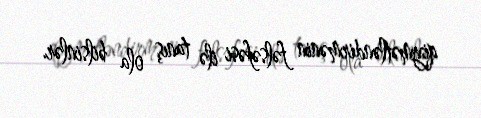
qiymətləndirmənin fəlsəfəsi ilə tanış ola bilsinlər.